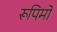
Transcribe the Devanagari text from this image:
रूपिमों